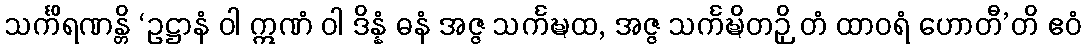
သင်္ကိရဏန္တိ ‘ဥဋ္ဌာနံ ဝါ ဣဏံ ဝါ ဒိန္နံ ဓနံ အဇ္ဇ သင်္ကဍ္ဎထ, အဇ္ဇ သင်္ကဍ္ဎိတဉှိ တံ ထာဝရံ ဟောတီ’တိ ဧဝံ